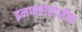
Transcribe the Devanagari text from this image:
इनफ्लोरोसेंस